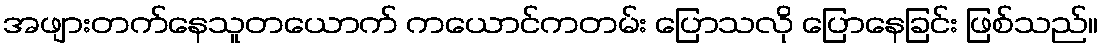
အဖျားတက်နေသူတယောက် ကယောင်ကတမ်း ပြောသလို ပြောနေခြင်း ဖြစ်သည်။